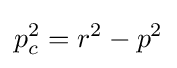
p_{c}^{2}=r^{2}-p^{2}